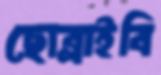
ছোব্‌লাইবি